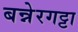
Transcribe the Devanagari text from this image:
बन्नेरगट्टा